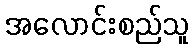
အလောင်းစည်သူ